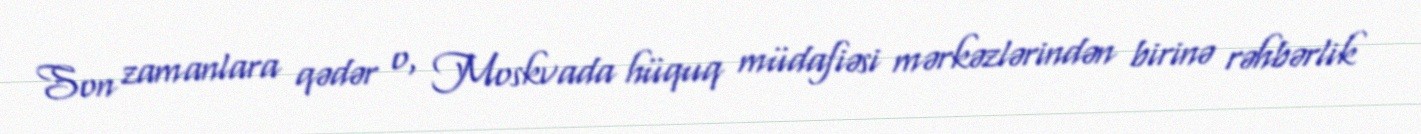
Son zamanlara qədər o, Moskvada hüquq müdafiəsi mərkəzlərindən birinə rəhbərlik